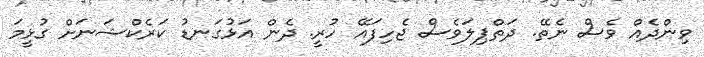
ވިންދެއް ވެސް ނެތޭ. ދަތްޕިލަވެސް ޖެހިފައޭ ހުރީ. ދެން އަޅުގަނޑު ކަރެކްޝަނަށް ގުޅީމަ